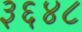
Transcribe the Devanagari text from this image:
३६४८